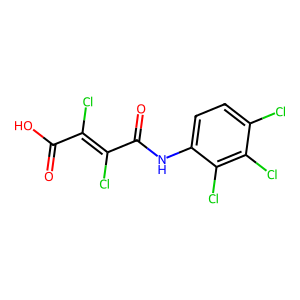
SMILES: O=C(O)C(Cl)=C(Cl)C(=O)Nc1ccc(Cl)c(Cl)c1Cl
Inhibits HIV replication: No